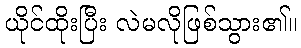
ယိုင်ထိုးပြီး လဲမလိုဖြစ်သွား၏။